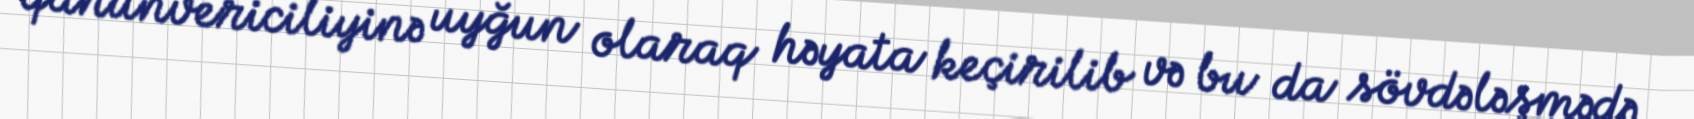
qanunvericiliyinə uyğun olaraq həyata keçirilib və bu da sövdələşmədə